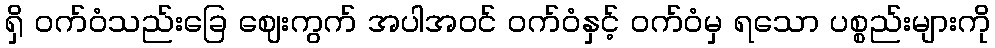
ရှိ ဝက်ဝံသည်းခြေ ဈေးကွက် အပါအဝင် ဝက်ဝံနှင့် ဝက်ဝံမှ ရသော ပစ္စည်းများကို